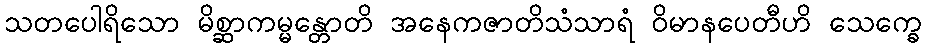
သတပေါရိသော မိစ္ဆာကမ္မန္တောတိ အနေကဇာတိသံသာရံ ဝိမာနပေတီဟိ သေက္ခေ